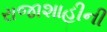
રાજાશાહીની